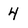
Character: 4